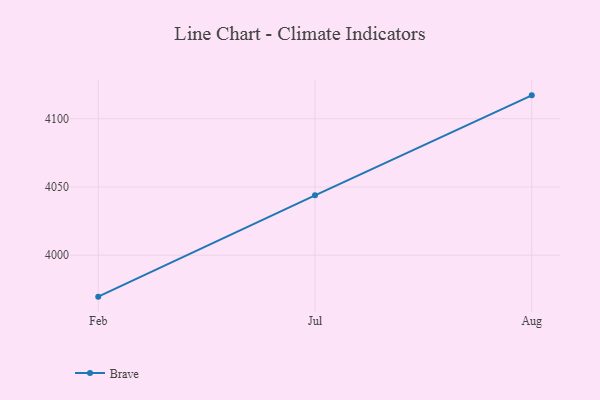
{"axis": {"x": "Month", "y": "Website Visitors"}, "legend": ["Brave"], "data": [{"x": "Feb", "y": 3969.7, "type": "Brave"}, {"x": "Jul", "y": 4043.9, "type": "Brave"}, {"x": "Aug", "y": 4117.1, "type": "Brave"}]}